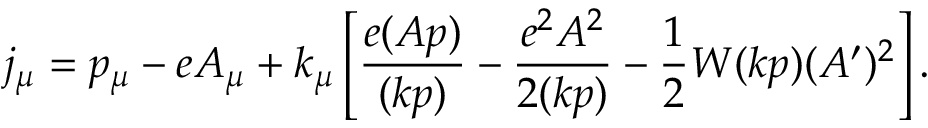
j _ { \mu } = p _ { \mu } - e A _ { \mu } + k _ { \mu } \left[ \frac { e ( A p ) } { ( k p ) } - \frac { e ^ { 2 } A ^ { 2 } } { 2 ( k p ) } - \frac 1 2 W ( k p ) ( A ^ { \prime } ) ^ { 2 } \right] .